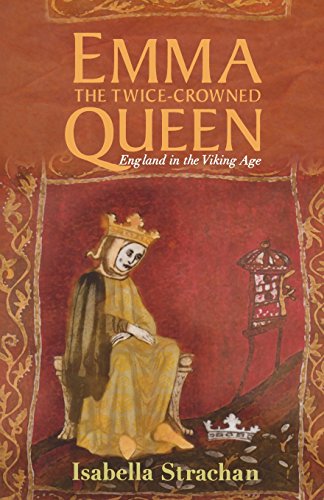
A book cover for Emma: The Twice-Crowned Queen: England in the Viking Age; Isabella Strachan; Biographies & Memoirs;